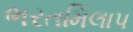
ભરતમિલાપ